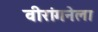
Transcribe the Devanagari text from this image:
वीरांगनेला